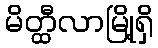
မိတ္ထီလာမြို့ရှိ